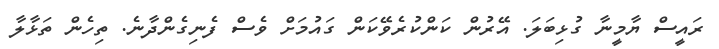
ރައީސް ޔާމީނާ ގުޅިބަލަ. އޭރުން ކަންކުރެވޭކަން ގައުމަށް ވެސް ފެނިގެންދާނެ. ތިހެން ތަޅާލާ